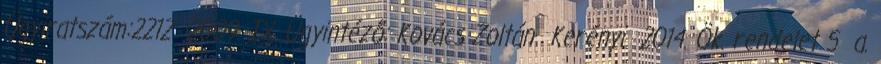
Ügyiratszám:2212 2009. IX. Ügyintéző: Kovács Zoltán Kerényi 2014. Ök. rendelet 5 a.